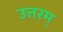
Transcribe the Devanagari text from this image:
उत्तरम्